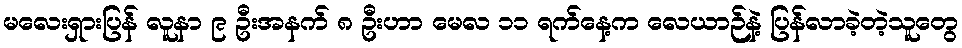
မလေးရှားပြန် လူနာ ၉ ဦးအနက် ၈ ဦးဟာ မေလ ၁၁ ရက်နေ့က လေယာဉ်နဲ့ ပြန်လာခဲ့တဲ့သူတွေ